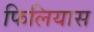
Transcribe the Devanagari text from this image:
फिलियास